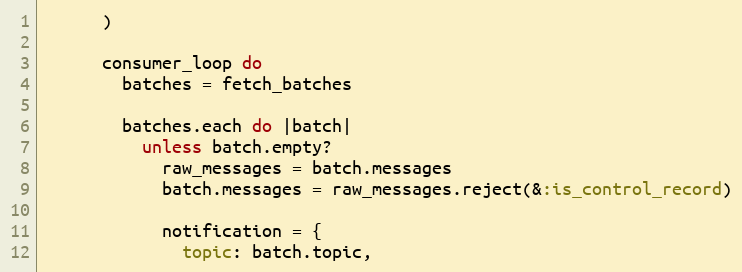
Language: Ruby
      )

      consumer_loop do
        batches = fetch_batches

        batches.each do |batch|
          unless batch.empty?
            raw_messages = batch.messages
            batch.messages = raw_messages.reject(&:is_control_record)

            notification = {
              topic: batch.topic,